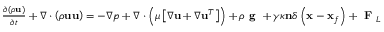
\begin{array} { r } { \frac { \partial \left( \rho \mathbf { u } \right) } { \partial t } + \nabla \cdot \left( \rho \mathbf { u u } \right) = - \nabla p + \nabla \cdot \left( \mu \left[ \nabla \mathbf { u } + \nabla \mathbf { u } ^ { T } \right] \right) + \rho \textbf { g } + \gamma \kappa \mathbf { n } \delta \left( \mathbf { x } - \mathbf { x } _ { f } \right) + \textbf { F } _ { L } } \end{array}